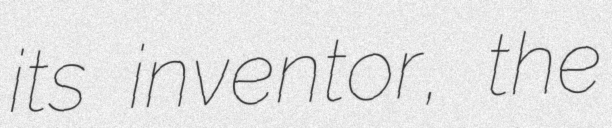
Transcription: its inventor, the